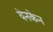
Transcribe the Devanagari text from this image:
येनकेन